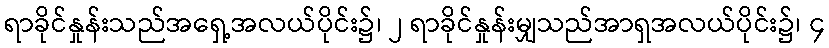
ရာခိုင်နှုန်းသည်အရှေ့အလယ်ပိုင်း၌၊ ၂ ရာခိုင်နှုန်းမျှသည်အာရှအလယ်ပိုင်း၌၊ ၄